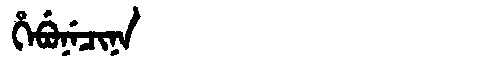
Manchu: ᡥᡝᠪᡠᠨᡝᠴᡳᠨᠠ
Romanization: HEBUNECINA